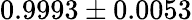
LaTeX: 0.9993\pm 0.0053